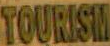
TOURISM